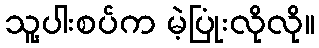
သူ့ပါးစပ်က မဲ့ပြုံးလိုလို။